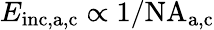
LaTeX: E_{\mathrm{inc,a,c}}\propto 1/\mathrm{NA_{a,c}}